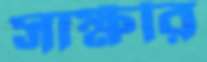
সাক্ষীর